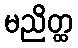
မညိတ္ထ